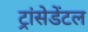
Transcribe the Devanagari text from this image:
ट्रांसेडेंटल